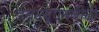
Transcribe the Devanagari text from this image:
डबल्यूएनबीटी